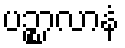
ပဉ္စာလာနံ